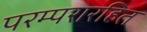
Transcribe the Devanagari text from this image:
परम्परारहित